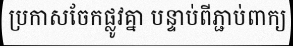
ប្រកាសចែកផ្លូវគ្នា បន្ទាប់ពីភ្ជាប់ពាក្យ